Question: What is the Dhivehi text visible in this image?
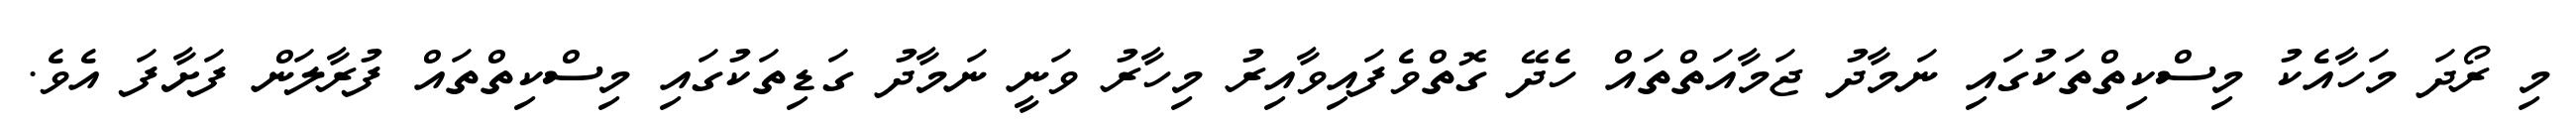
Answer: މި ރޯދަ މަހާއެކު މިސްކިތްތަކުގައި ނަމާދު ޖަމާއަތްތައް ހެދޭ ގޮތްވެފައިވާއިރު މިހާރު ވަނީ ނަމާދު ގަޑިތަކުގައި މިސްކިތްތައް ފުރާލަން ފަށާފަ އެވެ.